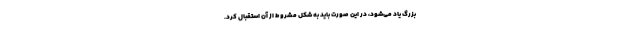
بزرگ یاد می‌شود، در این صورت باید به شکل مشروط از آن استقبال کرد.